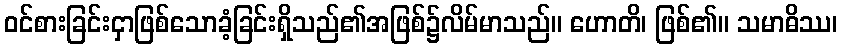
ဝင်စားခြင်းငှာဖြစ်သောခံ့ခြင်းရှိသည်၏အဖြစ်၌လိမ်မာသည်။ ဟောတိ၊ ဖြစ်၏။ သမာဓိဿ၊